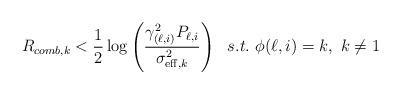
LaTeX: \begin{align*}R_{comb,k}<\frac{1}{2}\log\left(\frac{\gamma_{(\ell,i)}^2P_{\ell,i}}{\sigma^2_{\mathrm{eff},k}}\right)~~s.t.~\phi(\ell,i)=k,~k \neq 1\end{align*}